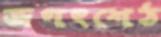
জগৎশেঠ